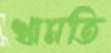
খামতি